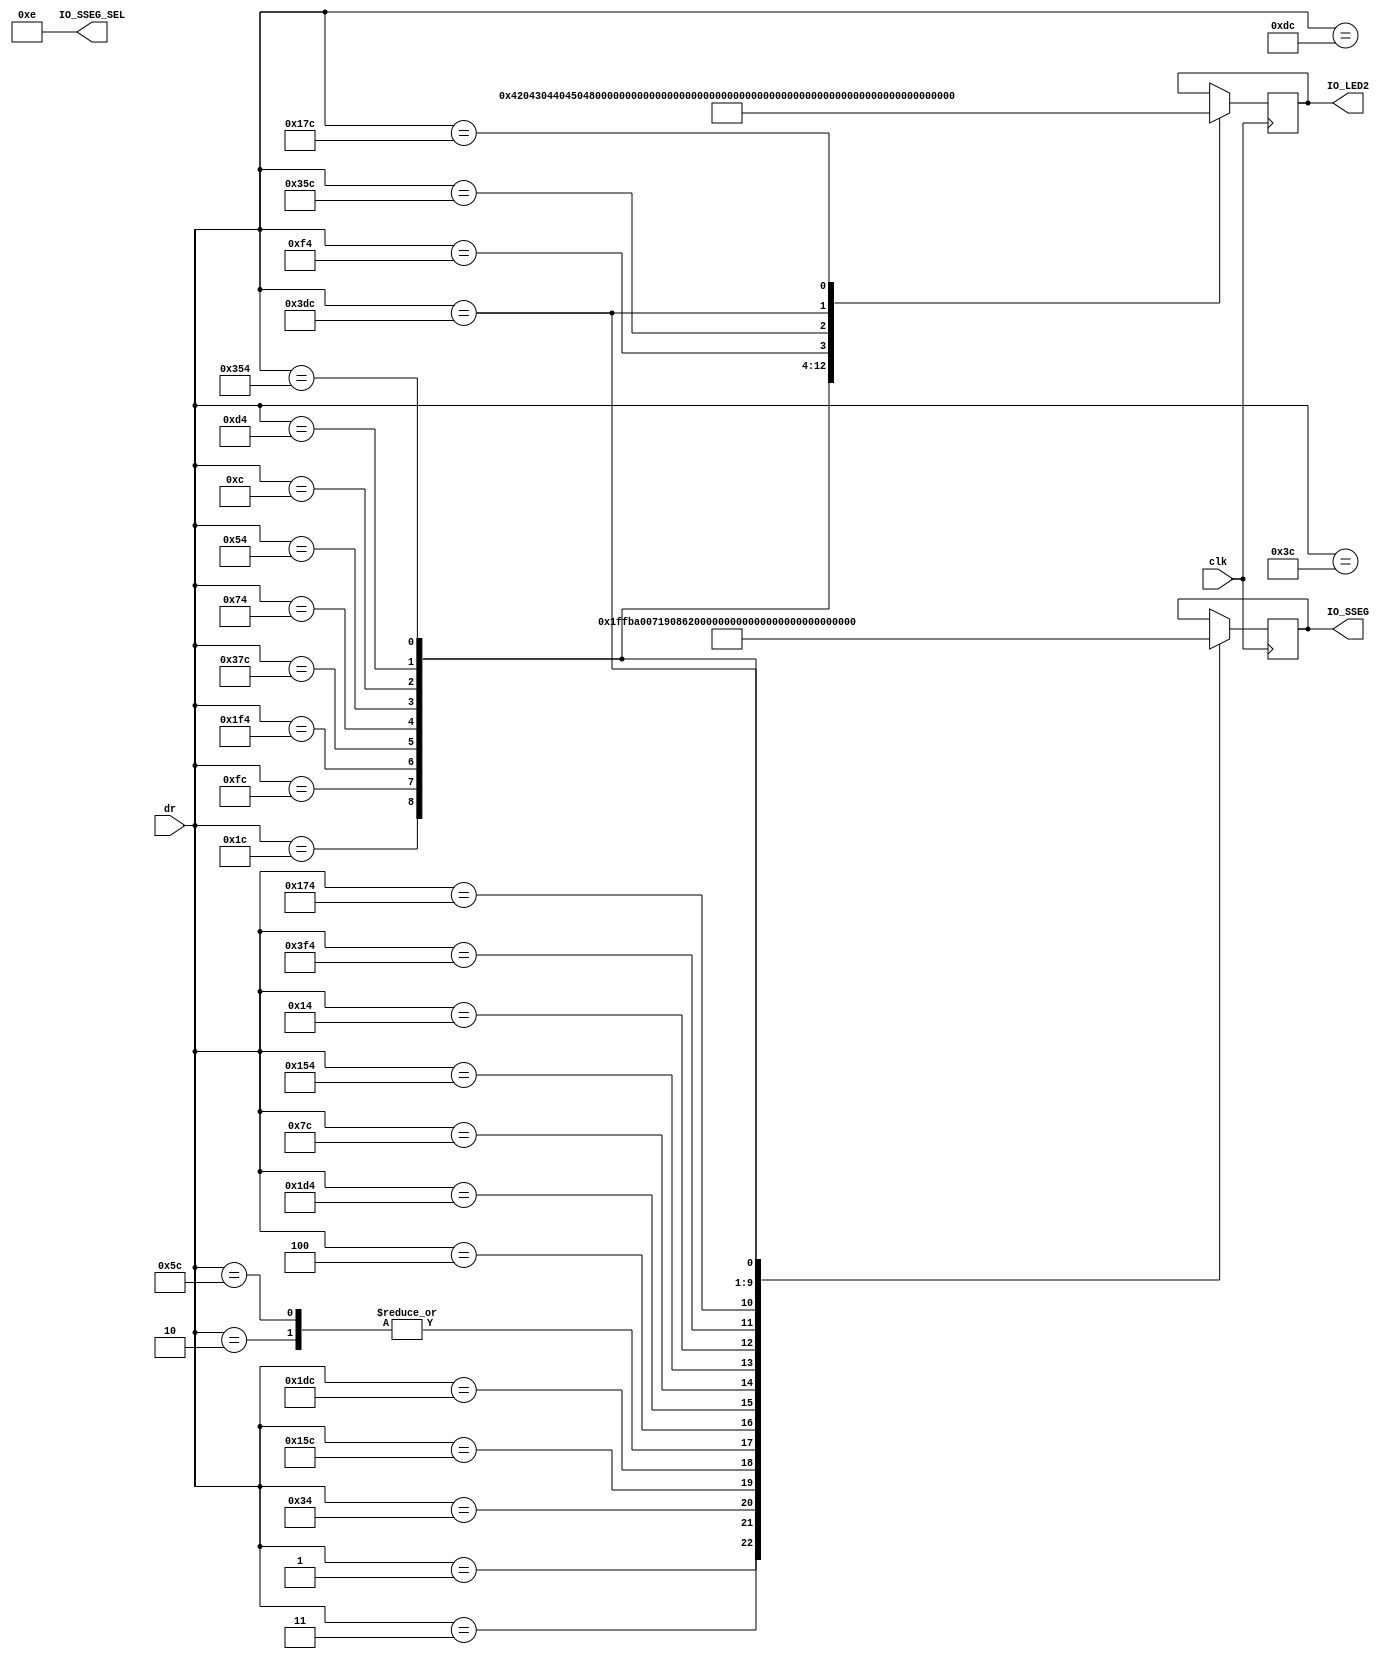
module sevseg (
    input clk,
    input  [9:0] dr,
    output reg [11:0] IO_LED2 ,
    output [3:0] IO_SSEG_SEL, 
    output reg [6:0] IO_SSEG 
   
    );
    wire [9:0] di;
    assign di=dr;
    
    reg [18:0] counter = 0; 
    parameter max = 500000;
    
    assign IO_SSEG_SEL = 4'b1110;
                      	 
    always @(posedge clk) begin
       
              
		case(di)
		     10'b0000000001 : begin IO_SSEG <= 7'b1111111; end
             10'b0000000010 : begin IO_SSEG <= 7'b0100001; end
             10'b0000000011 : begin IO_SSEG <= 7'b1110111;end
             10'b0000110100 : begin  IO_SSEG <= 7'b0100000;  end //A
             10'b0101011100 : begin IO_SSEG <= 7'b0000011; IO_LED2<= 66; end //B
             10'b0111011100 : begin IO_SSEG <= 7'b1000110; IO_LED2<= 67; end //C
             10'b0001011100 : begin IO_SSEG <= 7'b0100001; IO_LED2<= 68; end //D
             10'b0000000100 : begin IO_SSEG <= 7'b0000110; IO_LED2<= 69; end //E
             10'b0111010100 : begin IO_SSEG <= 7'b0001110;IO_LED2<= 70; end //F
             10'b0001111100 : begin IO_SSEG <= 7'b1000010;IO_LED2<= 71; end //G
             10'b0101010100 : begin IO_SSEG <= 7'b0001011;IO_LED2<= 72; end //H
             10'b0000010100 : begin IO_SSEG <= 7'b1001111;IO_LED2<= 73; end //I
             10'b1111110100 : begin IO_SSEG <= 7'b1100001;IO_LED2<= 74; end //J
             10'b0011011100 : begin IO_LED2<= 75; end //K
             10'b0101110100 : begin IO_SSEG <= 7'b1000111;IO_LED2<= 76; end //L
             10'b0000111100 : begin IO_LED2<= 77; end //M
             10'b0000011100 : begin IO_SSEG <= 7'b0101011;IO_LED2<= 78; end //N
             10'b0011111100 : begin IO_SSEG <= 7'b1000000;IO_LED2<= 79; end //O
             10'b0111110100 : begin IO_SSEG <= 7'b0001100;IO_LED2<= 80; end //P
             10'b1101111100 : begin IO_SSEG <= 7'b0011000;IO_LED2<= 81; end //Q
             10'b0001110100 : begin IO_SSEG <= 7'b0101111;IO_LED2<= 82; end //R
             10'b0001010100 : begin IO_SSEG <= 7'b0010010;IO_LED2<= 83; end //S
             10'b0000001100 : begin IO_SSEG <= 7'b0000111;IO_LED2<= 84; end //T
             10'b0011010100 : begin IO_SSEG <= 7'b1000001;IO_LED2<= 85; end //U
             10'b1101010100 : begin IO_SSEG <= 7'b1100011;IO_LED2<= 86; end //V
             10'b0011110100 : begin IO_LED2<= 87; end //W
             10'b1101011100 : begin IO_LED2<= 88; end //X
             10'b1111011100 : begin  IO_SSEG <= 7'b0010001; IO_LED2<= 89; end //Y
             10'b0101111100 : begin IO_LED2<= 90; end //Z
		 endcase
        
       
    
    end    
endmodule